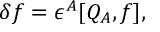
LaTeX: \delta f = \epsilon ^ { A } [ Q _ { A } , f ] ,